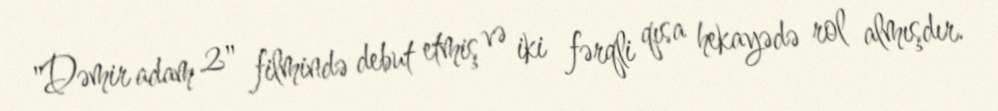
"Dəmir adam 2" filmində debut etmiş və iki fərqli qısa hekayədə rol almışdır.